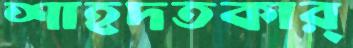
শাহদতকার্